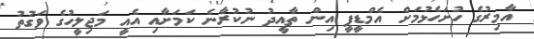
އާމިރުގެ ހުށަހެޅުމަށް އެމްޑީޕީ އިން ތާއީދު ނުކުރާނެ ކަމަށާއި އެއީ މަޖިލީހުގެ ވަގުތު